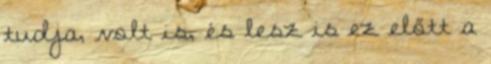
tudja, volt is, és lesz is ez előtt a